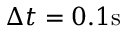
\Delta t = 0 . 1 \mathrm { s }